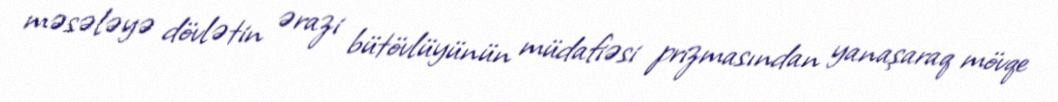
məsələyə dövlətin ərazi bütövlüyünün müdafiəsi prizmasından yanaşaraq mövqe